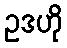
ဥဒဟို